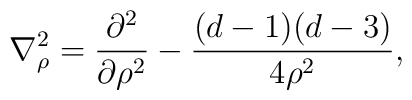
{\bf \nabla}^2_{\rho} =  \frac{\partial^2}{\partial \rho^2} - \frac{(d-1)(d-3)}{4 \rho^2},